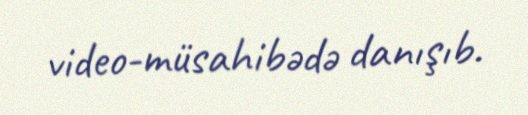
video-müsahibədə danışıb.